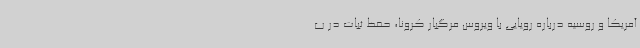
آمریکا و روسیه درباره رویایی با ویروس مرگبار کرونا، حفظ ثبات در ب